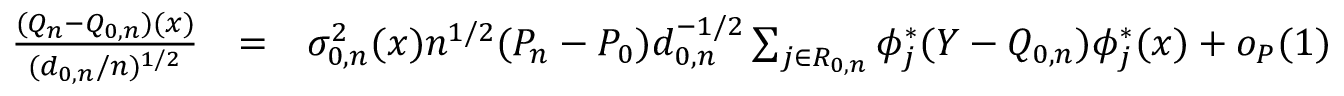
\begin{array} { r l r } { \frac { ( Q _ { n } - Q _ { 0 , n } ) ( x ) } { ( d _ { 0 , n } / n ) ^ { 1 / 2 } } } & { = } & { \sigma _ { 0 , n } ^ { 2 } ( x ) n ^ { 1 / 2 } ( P _ { n } - P _ { 0 } ) d _ { 0 , n } ^ { - 1 / 2 } \sum _ { j \in { \cal R } _ { 0 , n } } \phi _ { j } ^ { * } ( Y - { Q _ { 0 , n } } ) \phi _ { j } ^ { * } ( x ) + o _ { P } ( 1 ) } \end{array}